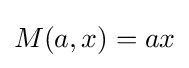
M(a,x)=ax